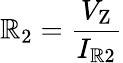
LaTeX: \mathbb{R}_{2}={\frac{{V_{\mathrm{{Z}}}}}{{I_{\mathrm{{\mathbb{R}2}}}}}}